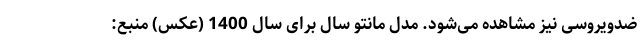
ضدویروسی نیز مشاهده می‌شود. مدل مانتو سال برای سال 1400 (عکس) منبع: